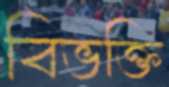
বিভক্তি